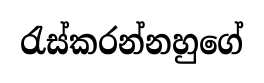
රැස්කරන්නහුගේ